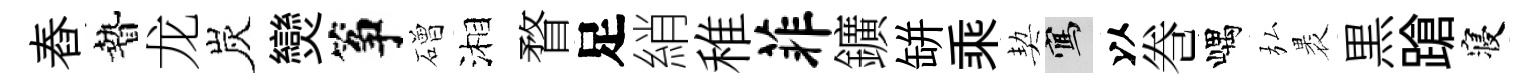
舂贄龙炭𤓖筝磳湘瞀足綃稚菲鑛缾乘契寫以巻嵎弘褁黒蹌寝